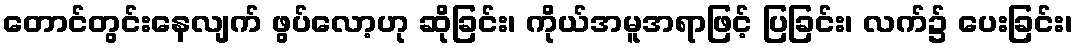
တောင်တွင်းနေလျက် ဖွပ်လော့ဟု ဆိုခြင်း၊ ကိုယ်အမူအရာဖြင့် ပြခြင်း၊ လက်၌ ပေးခြင်း၊